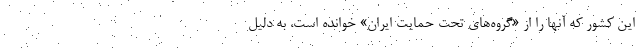
این کشور که آنها را از «گروه‌های تحت حمایت ایران» خوانده است، به دلیل